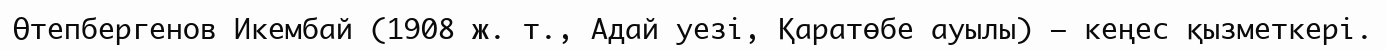
Өтепбергенов Икембай (1908 ж. т., Адай уезі, Қаратөбе ауылы) – кеңес қызметкері.